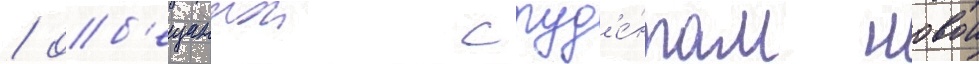
/ об'ещаннои студ'е́нтам новои